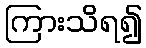
ကြားသိရ၍